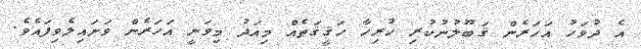
އެ ދުވަހު އަހަރެން ޤަބޫލުނުކުރި ހުރިހާ ހަޤީޤަތެއް މިއަދު މިވަނީ އަހަރެން ވަށައިލެވިފައެވެ.